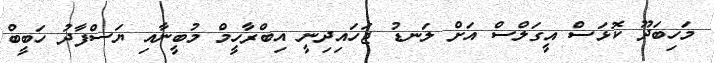
މަހިބަދޫ ކޮޅަސް އީގަލްސް އަށް ލަނޑު ޖަހައިދިނީ އިބްރާހީމް މުބީނާއި ޔަސްފާދު ހަބީބް